Indian journal of veterinary science and animal husbandry - Volume 3,
Year: 1933
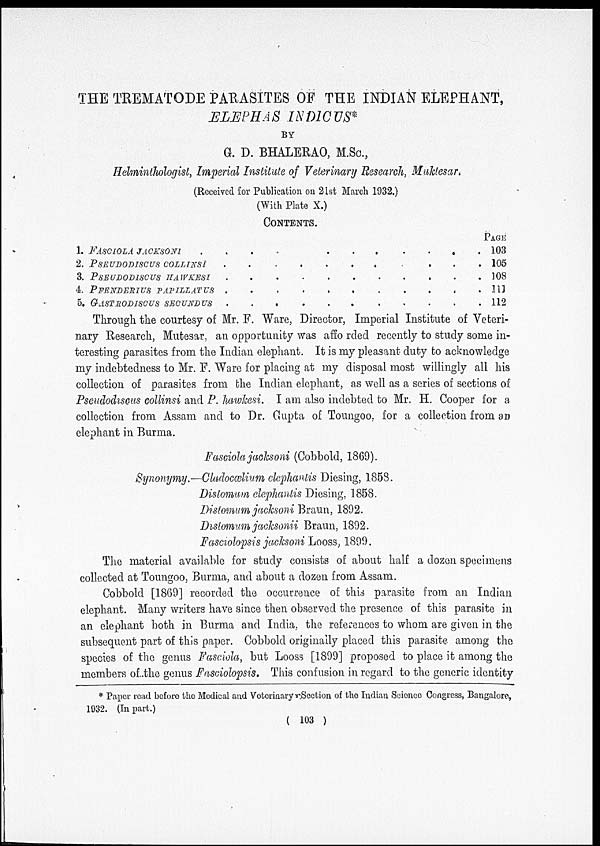
THE TREMATODE PARASITES OF THE INDIAN ELEPHANT,
ELEPHAS INDICUS*
BY
G. D. BHALERAO, M.Sc.,
Heminthologist, Imperial Institute of Veterinary Research, Muktesar.
(Received for Publication on 21st March 1932.)
(With Plate X.)
CONTENTS.
1. FASCIOLA JACKSONI
....
2. PSEUDODISCUS
COLLINSI
3. PSEUDODISCUS IIAWKESI
4. PFENDERIUS PAPILLATUS..........
5. GASTRODISCUS SECUNDUS..........
PAGE
103
105
108
111
112
Through the courtesy of Mr. F. Ware, Director, Imperial Institute of Veteri-
nary Research, Mutesar, an opportunity was afforded recently to study some in-
teresting parasites from the Indian elephant. It is my pleasant duty to acknowledge
my indebtedness to Mr. F. Ware for placing at my disposal most willingly all his
collection of parasites from the Indian elephant, as well as a series of sections of
Pseudodiscus collinsi and P. hawkesi. I am also indebted to Mr. H. Cooper for a
collection from Assam and to Dr. Gupta of Toungoo, for a collection from an
elephant in Burma.
Fasciola jacksoni (Cobbold, 1869).
Synonymy.—Cladocælium elephantis Diesing, 1858.
Distomum elephantis Diesing, 1858.
Distomum jacksoni Braun, 1892.
Distomum jacksonii Braun, 1892.
Fasciolopsis jacksoni Looss, 1899.
The material available for study consists of about half a dozen specimens
collected at Toungoo, Burma, and about a dozen from Assam.
Cobbold [1869] recorded the occurrence of this parasite from an Indian
elephant. Many writers have since then observed the presence of this parasite in
an elephant both in Burma and India, the references to whom are given in the
subsequent part of this paper. Cobbold originally placed this parasite among the
species of the genus Fasciola, but Looss [1899] proposed to place it among the
members of the genus Fasciolopsis. This confusion in regard to the generic identity
* Paper road before the Medical and Veterinary Section of the Indian Science Congress, Bangalore,
1932. (In part.)
( 103 )